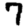
Digit: 7